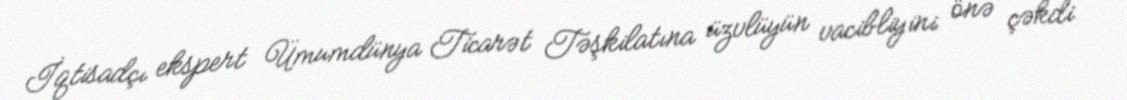
İqtisadçı ekspert Ümumdünya Ticarət Təşkilatına üzvlüyün vacibliyini önə çəkdi